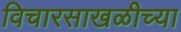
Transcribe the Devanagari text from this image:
विचारसाखळीच्या